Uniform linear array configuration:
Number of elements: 24
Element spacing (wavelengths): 1
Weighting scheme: hamming
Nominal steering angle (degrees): -30
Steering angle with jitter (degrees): -28.75
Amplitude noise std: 0.05
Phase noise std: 0.05

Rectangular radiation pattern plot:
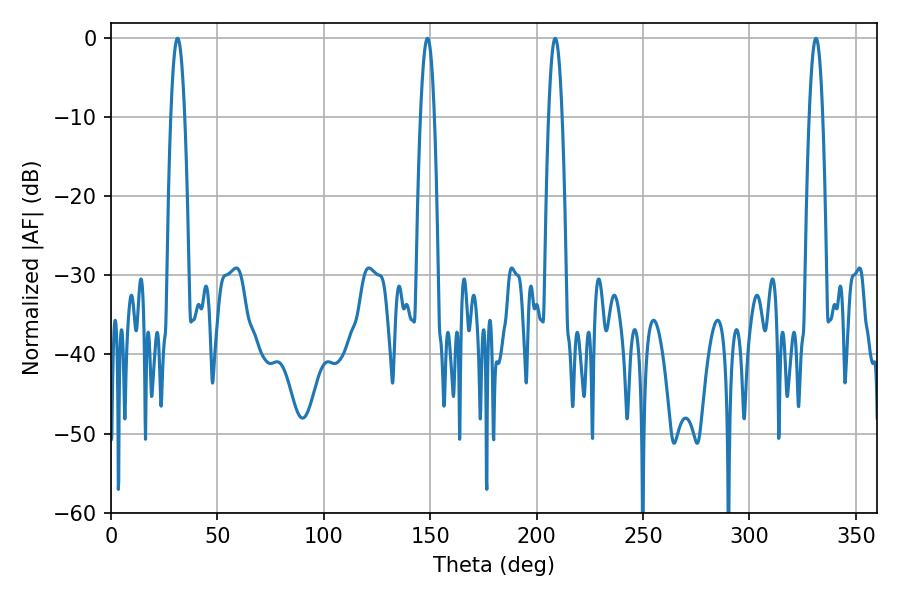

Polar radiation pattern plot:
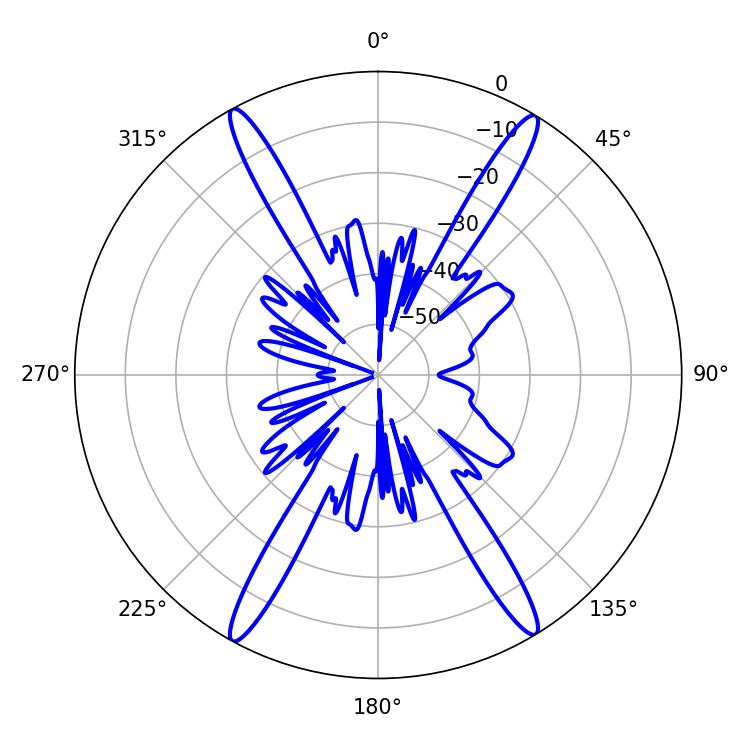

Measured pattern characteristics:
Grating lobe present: TRUE
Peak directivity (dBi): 24.446
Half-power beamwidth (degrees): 3.6
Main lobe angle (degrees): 148.68